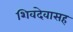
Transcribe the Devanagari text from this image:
शिवदेवासह